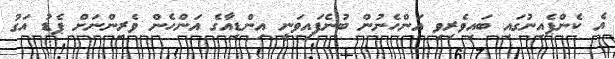
އެ ކެންޕެއިނުގައި ބައިވެރިވި އަންހެނުން ބުނެފައިވަނީ އިންޑިއާގެ އަންހެން ވެރިންނަށް ޕެޑު އަގު